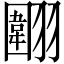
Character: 𱻤